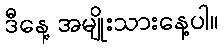
ဒီနေ့ အမျိုးသားနေ့ပါ။